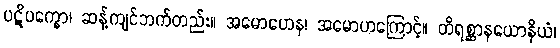
ပဋိပက္ခော၊ ဆန့်ကျင်ဘက်တည်း။ အမောဟေန၊ အမောဟကြောင့်။ တိရစ္ဆာနယောနိယံ၊